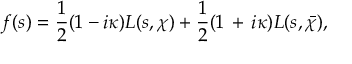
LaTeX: f ( s ) = { \frac { 1 } { 2 } } ( 1 - i \kappa ) L ( s , \chi ) + { \frac { 1 } { 2 } } ( 1 \, + \, i \kappa ) L ( s , { \bar { \chi } } ) ,